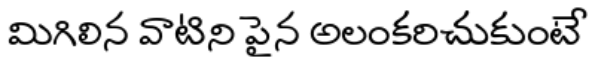
మిగిలిన వాటిని పైన అలంకరిచుకుంటే